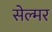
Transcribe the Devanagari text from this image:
सेल्मर